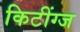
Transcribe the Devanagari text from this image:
किटींग्ज